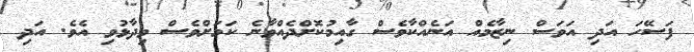
ފަސޭހަ އަދި އަވަސް ނިޒާމެއް އަނެއްކާވެސް ގާއިމުކޮށްދެއްވާނެ ކަަމަށްވެސް ވިދާޅުވި އެވެ. އަދި